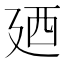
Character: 廼